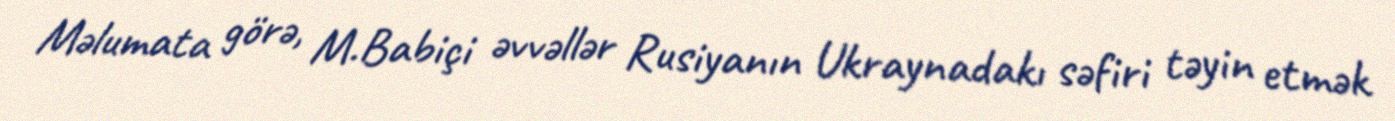
Məlumata görə, M.Babiçi əvvəllər Rusiyanın Ukraynadakı səfiri təyin etmək